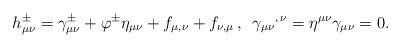
LaTeX: \begin{align*}h_{\mu\nu}^\pm=\gamma_{\mu\nu}^\pm +\varphi^\pm\eta_{\mu\nu} +f_{\mu,\nu}+f_{\nu,\mu}\,,\,\,\, {\gamma_{\mu\nu}}^{,\,\nu} =\eta^{\mu\nu}\gamma_{\mu\nu}=0. \end{align*}